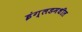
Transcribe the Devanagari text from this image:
इंग्लडमधील